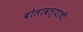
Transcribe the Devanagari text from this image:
बोलावल्याची